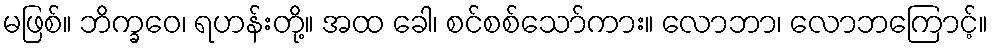
မဖြစ်။ ဘိက္ခဝေ၊ ရဟန်းတို့။ အထ ခေါ၊ စင်စစ်သော်ကား။ လောဘာ၊ လောဘကြောင့်။